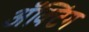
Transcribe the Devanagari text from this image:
अॅक्टिंग